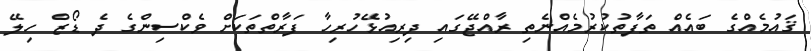
ޤައުމެއްގެ ބައެއް ތަފާތުކުރުމެއްނެތި ރާއްޖޭގައި ދިރިއުޅޭހުރިހާ ފަރާތްތަކަށް ވެކްސިންގެ ދެ ޑޯޒް ހިލޭ